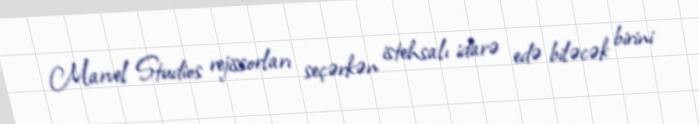
Marvel Studios rejissorları seçərkən istehsalı idarə edə biləcək birini